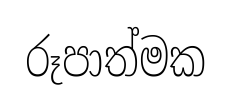
රූපාත්මක